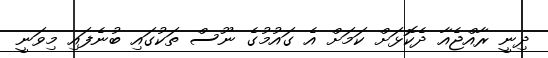
ދިނީ ރާއްޖެއާ ދެކޮޅަށް ކަމަށް އެ ގައުމުގެ ނޫސް ތަކުގައި ބުނެފައި މިވަނީ